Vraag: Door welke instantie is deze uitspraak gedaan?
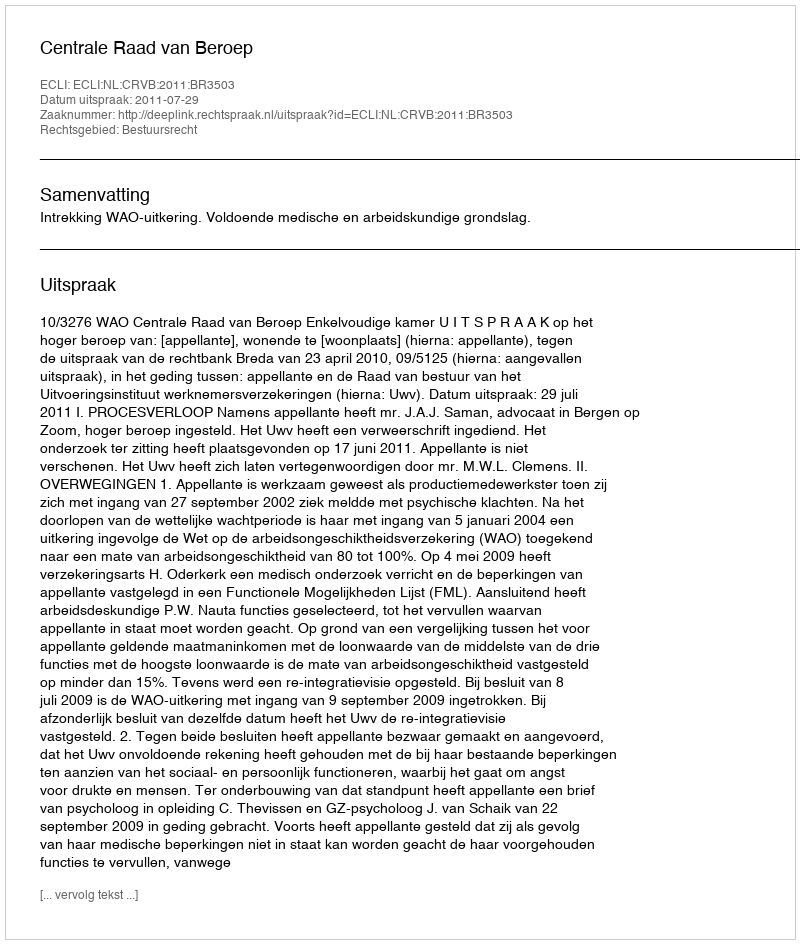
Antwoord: Centrale Raad van Beroep